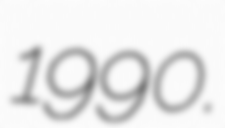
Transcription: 1990.